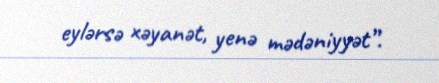
eylərsə xəyanət, yenə mədəniyyət”.